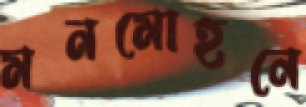
মনমোহনে